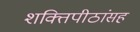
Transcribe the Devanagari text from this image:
शक्तिपीठांसह